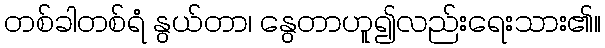
တစ်ခါတစ်ရံ နွယ်တာ၊ နွေတာဟူ၍လည်းရေးသား၏။